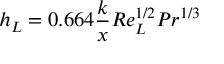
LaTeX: h _ { L } = 0 . 6 6 4 { \frac { k } { x } } R e _ { L } ^ { 1 / 2 } P r ^ { 1 / 3 }